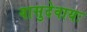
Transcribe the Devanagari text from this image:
वासुदेवायः